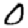
Digit: 0